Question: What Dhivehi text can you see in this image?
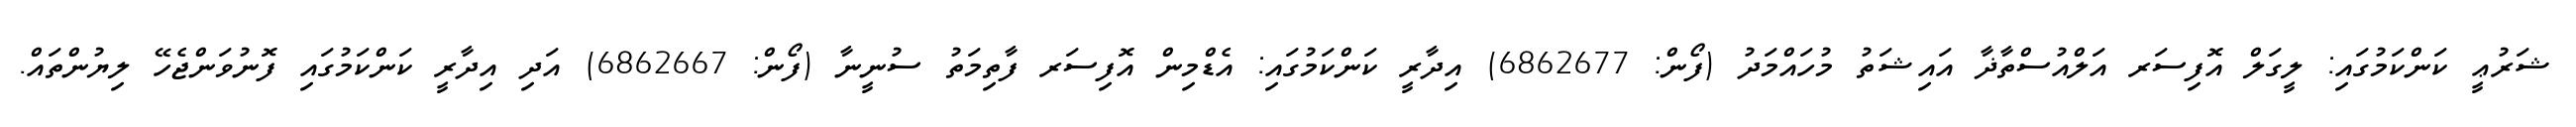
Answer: ޝަރުޢީ ކަންކަމުގައި: ލީގަލް އޮފިސަރ އަލްއުސްތާޛާ އައިޝަތު މުހައްމަދު (ފޯން: 6862677) އިދާރީ ކަންކަމުގައި: އެޑްމިން އޮފިސަރ ފާތިމަތު ސުނީނާ (ފޯން: 6862667) އަދި އިދާރީ ކަންކަމުގައި ފޮނުވަންޖެހޭ ލިޔުންތައް.